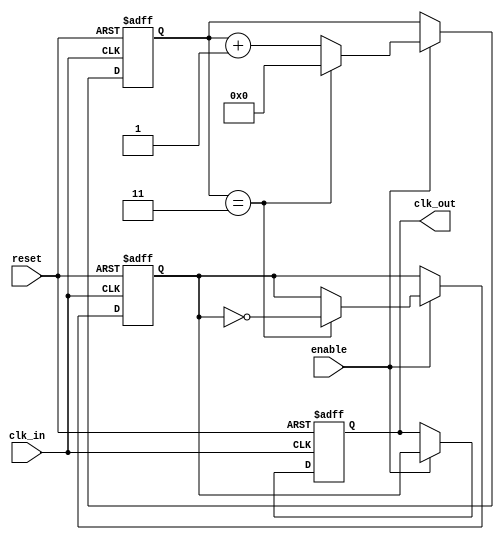
module ClockDividerBuffer #(
    parameter N = 4  // Division factor (must be > 1)
)(
    input wire clk_in,       // Input clock signal
    input wire reset,        // Asynchronous reset signal
    input wire enable,       // Enable signal for the output clock
    output reg clk_out       // Output divided clock signal
);

reg [31:0] counter;         // Counter to track clock cycles
reg clk_buf;                // Buffered clock signal

// Asynchronous reset and counter logic
always @(posedge clk_in or posedge reset) begin
    if (reset) begin
        counter <= 0;
        clk_buf <= 0;
    end else begin
        if (enable) begin
            if (counter == (N - 1)) begin
                counter <= 0;          // Reset counter
                clk_buf <= ~clk_buf;   // Toggle buffered clock
            end else begin
                counter <= counter + 1; // Increment counter
            end
        end
    end
end

// Output clock generation
always @(posedge clk_in or posedge reset) begin
    if (reset) begin
        clk_out <= 0; // Initialize output clock
    end else if (enable) begin
        clk_out <= clk_buf; // Drive output clock with buffered clock
    end
end

endmodule